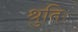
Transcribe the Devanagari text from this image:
श्रुतिः